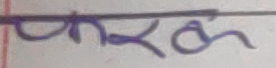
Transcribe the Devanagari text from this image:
फरक